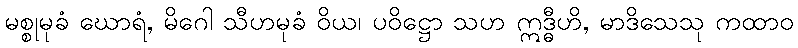
မစ္စုမုခံ ဃောရံ, မိဂေါ သီဟမုခံ ဝိယ၊ ပဝိဋ္ဌော သဟ ဣဒ္ဓီဟိ, မာဒိသေသု ကထာဝ